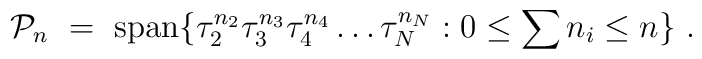
{\cal P}_n \ =\ \mbox{span} \{ \tau _2^{n_2} \tau _3^{n_3} \tau_4^{n_4} \ldots \tau_{N}^{n_{N}} : 0 \leq \sum n_i \leq n \}\ .